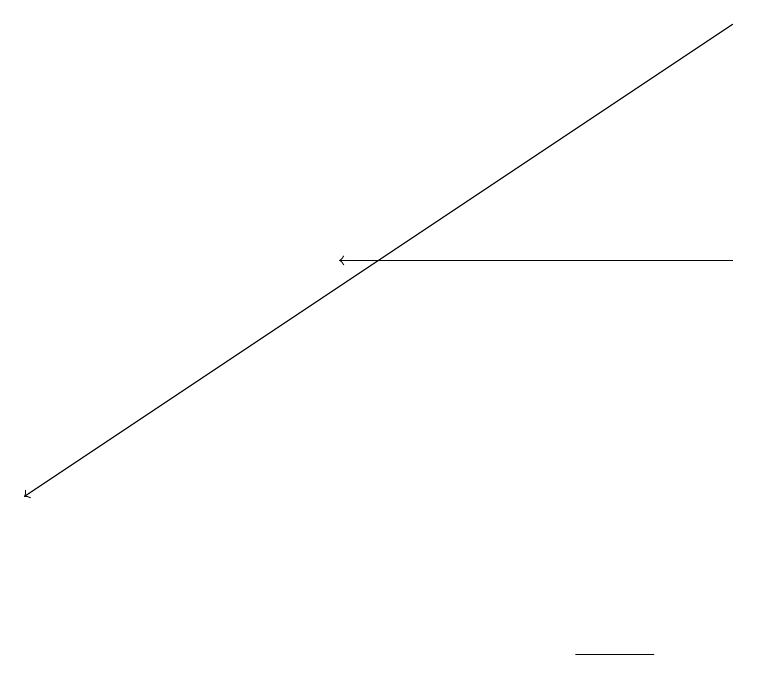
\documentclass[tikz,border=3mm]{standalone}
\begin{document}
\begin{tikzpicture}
\draw (8,11) rectangle (7,11);
\draw[->] (9,16) -- (4,16);
\draw[->] (9,19) -- (0,13);
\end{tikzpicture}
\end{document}